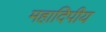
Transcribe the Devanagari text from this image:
महादिपीय